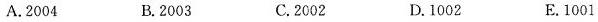
A.2004 B.2003 C.2002 D.1002 E.1001